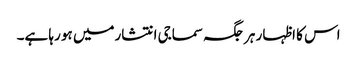
اس کا اظہار ہر جگہ سماجی انتشارمیں ہو رہا ہے۔